Vaccine operations Central Provinces 1900-1911 - 1900-1911
Year: 1900
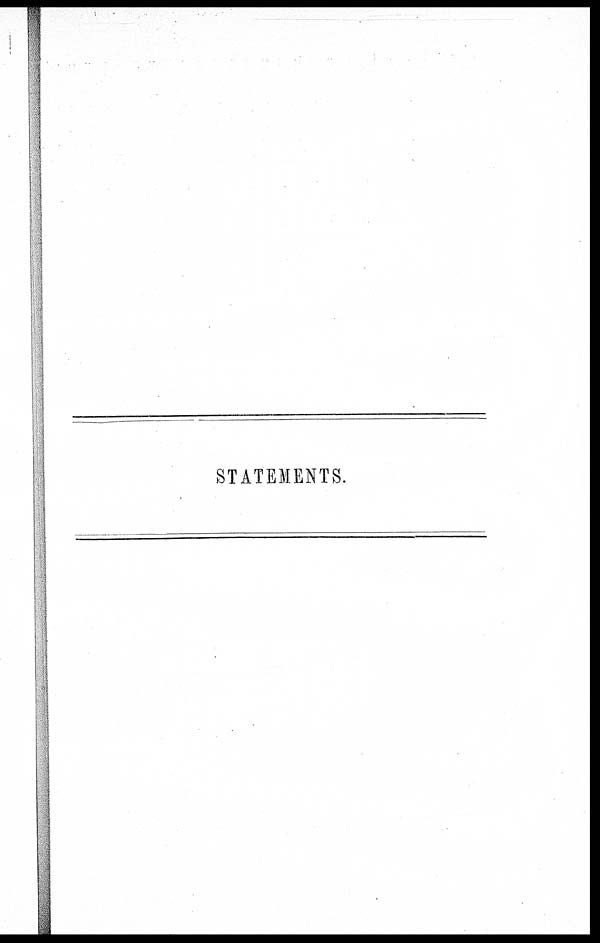
STATEMENTS.